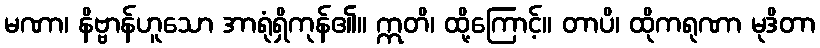
မဏာ၊ နိဗ္ဗာန်ဟူသော အာရုံရှိကုန်၏။ ဣတိ၊ ထို့ကြောင့်။ တာပိ၊ ထိုကရုဏာ မုဒိတာ